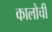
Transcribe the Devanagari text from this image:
कालोची